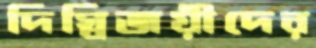
দিগ্বিজয়ীদের